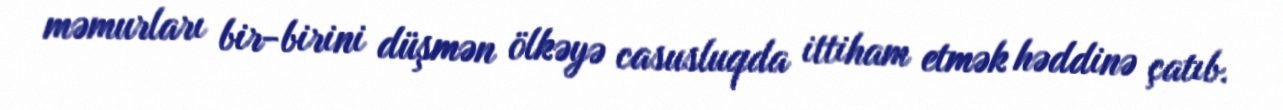
məmurları bir-birini düşmən ölkəyə casusluqda ittiham etmək həddinə çatıb.